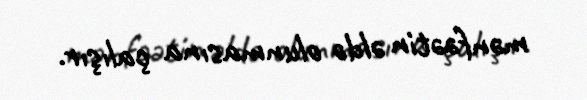
mənfəətin əldə olunmasına çalışır.